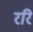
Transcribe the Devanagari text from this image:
ररि